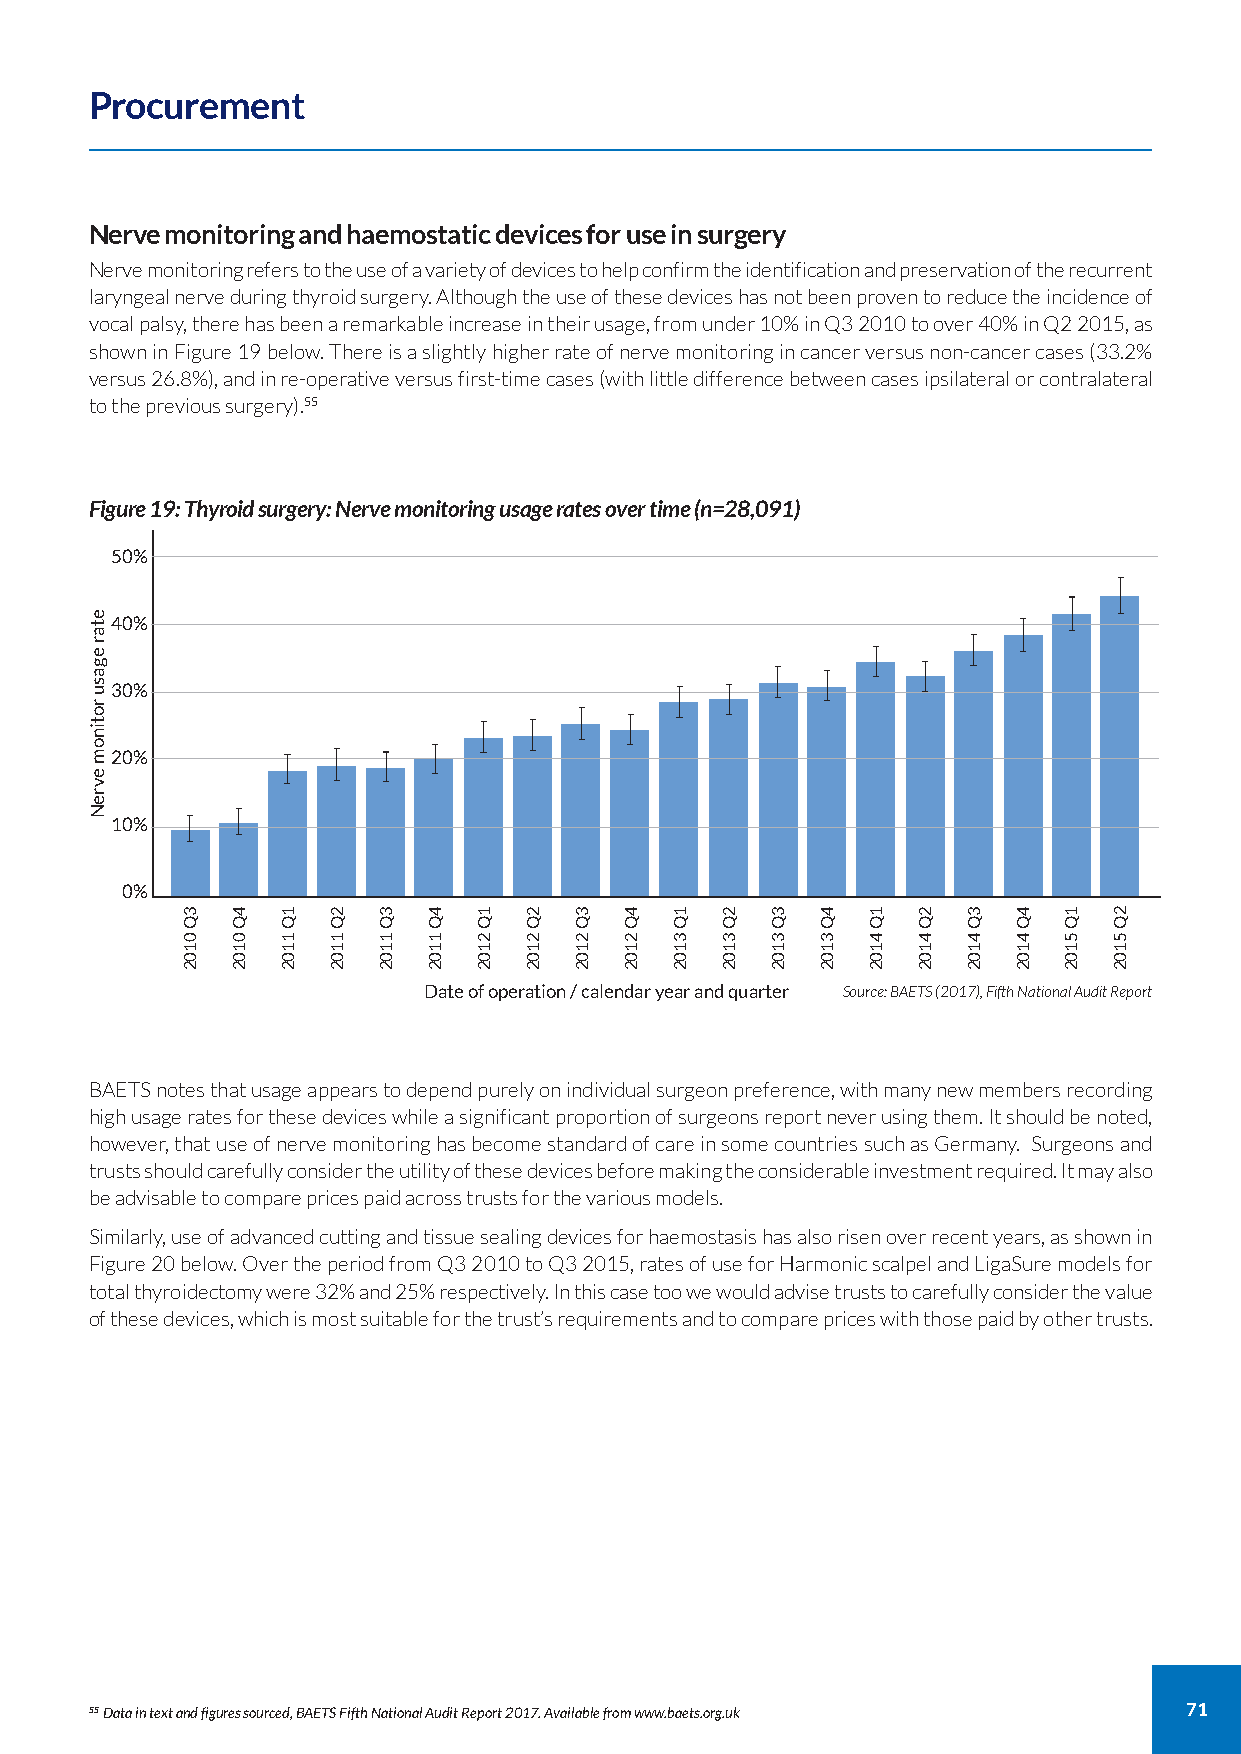
Procurement
 Nerve monitoring and haemostatic devices for use in surgery
 Nerve monitoring refers to the use of a variety of devices to help confirm the identification and preservation of the recurrent
 laryngeal nerve during thyroid surgery. Although the use of these devices has not been proven to reduce the incidence of
 vocal palsy, there has been a remarkable increase in their usage, from under 10% in Q3 2010 to over 40% in Q2 2015, as
 shown in Figure 19 below. There is a slightly higher rate of nerve monitoring in cancer versus non-cancer cases (33.2%
 versus 26.8%), and in re-operative versus first-time cases (with little difference between cases ipsilateral or contralateral
 to the previous surgery).55
 Figure 19: Thyroid surgery: Nerve monitoring usage rates over time (n=28,091)
 50%
 40%
 30%
 20%
 10%
 0%
 Date of operation / calendar year and quarter Source: BAETS (2017), Fifth National Audit Report
 BAETS notes that usage appears to depend purely on individual surgeon preference, with many new members recording
 high usage rates for these devices while a significant proportion of surgeons report never using them. It should be noted,
 however, that use of nerve monitoring has become standard of care in some countries such as Germany. Surgeons and
 trusts should carefully consider the utility of these devices before making the considerable investment required. It may also
 be advisable to compare prices paid across trusts for the various models.
 Similarly, use of advanced cutting and tissue sealing devices for haemostasis has also risen over recent years, as shown in
 Figure 20 below. Over the period from Q3 2010 to Q3 2015, rates of use for Harmonic scalpel and LigaSure models for
 total thyroidectomy were 32% and 25% respectively. In this case too we would advise trusts to carefully consider the value
 of these devices, which is most suitable for the trust’s requirements and to compare prices with those paid by other trusts.
 55Data in text and figures sourced, BAETS Fifth National Audit Report 2017. Available from www.baets.org.uk 71
 etar
 egasu
 rotinom
 evreN
 3Q
 0102
 4Q
 0102
 1Q
 1102
 2Q
 1102
 3Q
 1102
 4Q
 1102
 1Q
 2102
 2Q
 2102
 3Q
 2102
 4Q
 2102
 1Q
 3102
 2Q
 3102
 3Q
 3102
 4Q
 3102
 1Q
 4102
 2Q
 4102
 3Q
 4102
 4Q
 4102
 1Q
 5102
 2Q
 5102